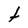
Character: t